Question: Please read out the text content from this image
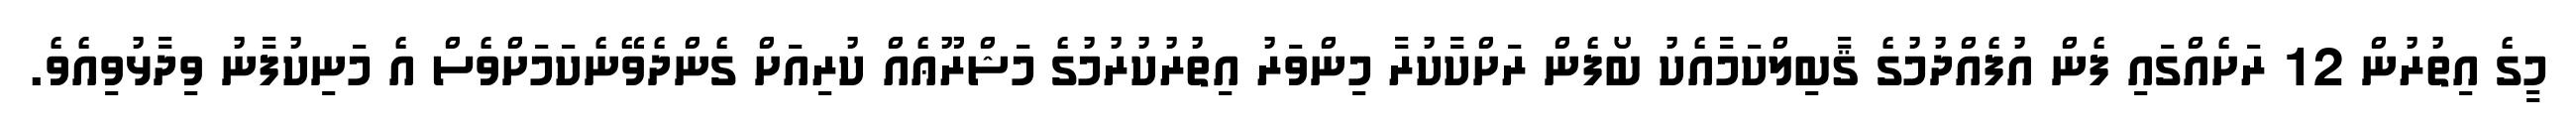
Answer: މީގެ އިތުރުން 12 ރަށެއްގައި ފެން އުފެއްދުމުގެ ޤާބިލްކަމާއެކު ބޯފެން ރަށްކާކުރާ މިންވަރު އިތުރުކުރުމުގެ މަޝްރޫޢެއް ކުރިއަށް ގެންދެވޭނެކަމަށްވެސް އެ މަނިކުފާނު ވިދާޅުވިއެވެ.